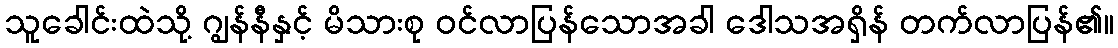
သူခေါင်းထဲသို့ ဂျွန်နီနှင့် မိသားစု ဝင်လာပြန်သောအခါ ဒေါသအရှိန် တက်လာပြန်၏။